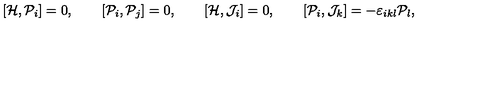
[ { \cal H } , { \cal P } _ { i } ] = 0 , \qquad [ { \cal P } _ { i } , { \cal P } _ { j } ] = 0 , \qquad [ { \cal H } , { \cal J } _ { i } ] = 0 , \qquad [ { \cal P } _ { i } , { \cal J } _ { k } ] = - \varepsilon _ { i k l } { \cal P } _ { l } ,